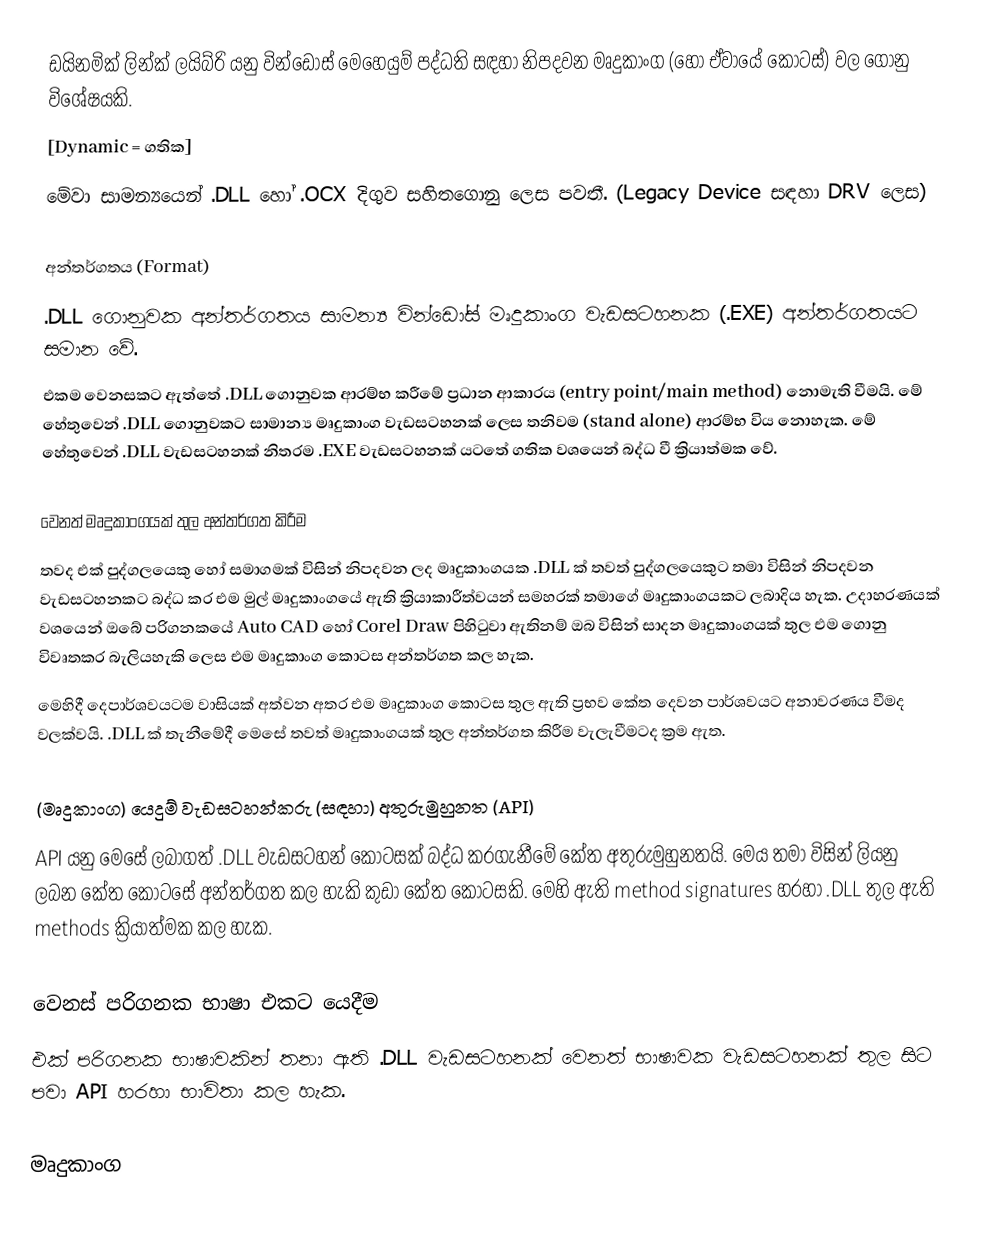
ඩයිනමික් ලින්ක් ලයිබ්රි යනු වින්ඩෝස් මෙහෙයුම් පද්ධති සඳහා නිපදවන මෘදුකාංග (හෝ ඒවායේ කොටස්) වල ගොනු විශේෂයකි.
[Dynamic = ගතික]
මේවා සාමන්‍යයෙන් .DLL හෝ .OCX දිගුව සහිතගොනු ලෙස පවතී. (Legacy Device සඳහා DRV ලෙස)

අන්තර්ගතය (Format)
.DLL ගොනුවක අන්තර්ගතය සාමන්‍ය වින්ඩෝස් මෘදුකාංග වැඩසටහනක (.EXE) අන්තර්ගතයට සමාන වේ.
එකම වෙනසකට ඇත්තේ .DLL ගොනුවක ආරම්භ කරීමේ ප්‍රධාන ආකාරය (entry point/main method) නොමැති වීමයි. මේ හේතුවෙන් .DLL ගොනුවකට සාමාන්‍ය මෘදුකාංග වැඩසටහනක් ලෙස තනිවම (stand alone) ආරම්භ විය නොහැක. මේ හේතුවෙන් .DLL වැඩසටහනක් නිතරම .EXE වැඩසටහනක් යටතේ ගතික වශයෙන් බද්ධ වී ක්‍රියාත්මක වේ.

වෙනත් මෘදුකාංගයක් තුල අන්තර්ගත කිරීම
තවද එක් පුද්ගලයෙකු හෝ සමාගමක් විසින් නිපදවන ලද මෘදුකාංගයක .DLL ක් තවත් පුද්ගලයෙකුට තමා විසින් නිපදවන වැඩසටහනකට බද්ධ කර එම මුල් මෘදුකාංගයේ ඇති ක්‍රියාකාරීත්වයන් සමහරක් තමාගේ මෘදුකාංගයකට ලබාදිය හැක. උදාහරණයක් වශයෙන් ඔබේ පරිගනකයේ Auto CAD හෝ Corel Draw පිහිටුවා ඇතිනම් ඔබ විසින් සාදන මෘදුකාංගයක් තුල එම ගොනු විවෘතකර බැලියහැකි ලෙස එම මෘදුකාංග කොටස අන්තර්ගත කල හැක.
මෙහිදී දෙපාර්ශවයටම වාසියක් අත්වන අතර එම මෘදුකාංග කොටස තුල ඇති ප්‍රභව කේත දෙවන පාර්ශවයට අනාවරණය වීමද වලක්වයි. .DLL ක් තැනීමේදී මෙසේ තවත් මෘදුකාංගයක් තුල අන්තර්ගත කිරීම වැලැවීමටද ක්‍රම ඇත.

(මෘදුකාංග) යෙදුම් වැඩසටහන්කරු (සඳහා) අතුරුමුහුනත (API)
API යනු මෙසේ ලබාගත් .DLL වැඩසටහන් කොටසක් බද්ධ කරගැනීමේ කේත අතුරුමුහුනතයි. මෙය තමා විසින් ලියනු ලබන කේත කොටසේ අන්තර්ගත කල හැකි කුඩා කේත කොටසකි. මෙහි ඇති method signatures හරහා .DLL තුල ඇති methods ක්‍රියාත්මක කල හැක.

වෙනස් පරිගනක භාෂා එකට යෙදීම
එක් පරිගනක භාෂාවකින් තනා ඇති .DLL වැඩසටහනක් වෙනත් භාෂාවක වැඩසටහනක් තුල සිට පවා API හරහා භාවිතා කල හැක.

මෘදුකාංග